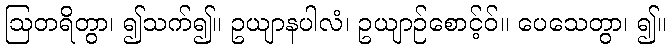
ဩတရိတွာ၊ ၍သက်၍။ ဥယျာနပါလံ၊ ဥယျာဉ်စောင့်ဝ်။ ပေသေတွာ၊ ၍။